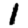
Digit: 1